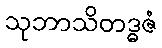
သုဘာသိတဒ္ဓဇံ